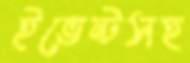
ইভেন্টসহ